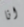
انا